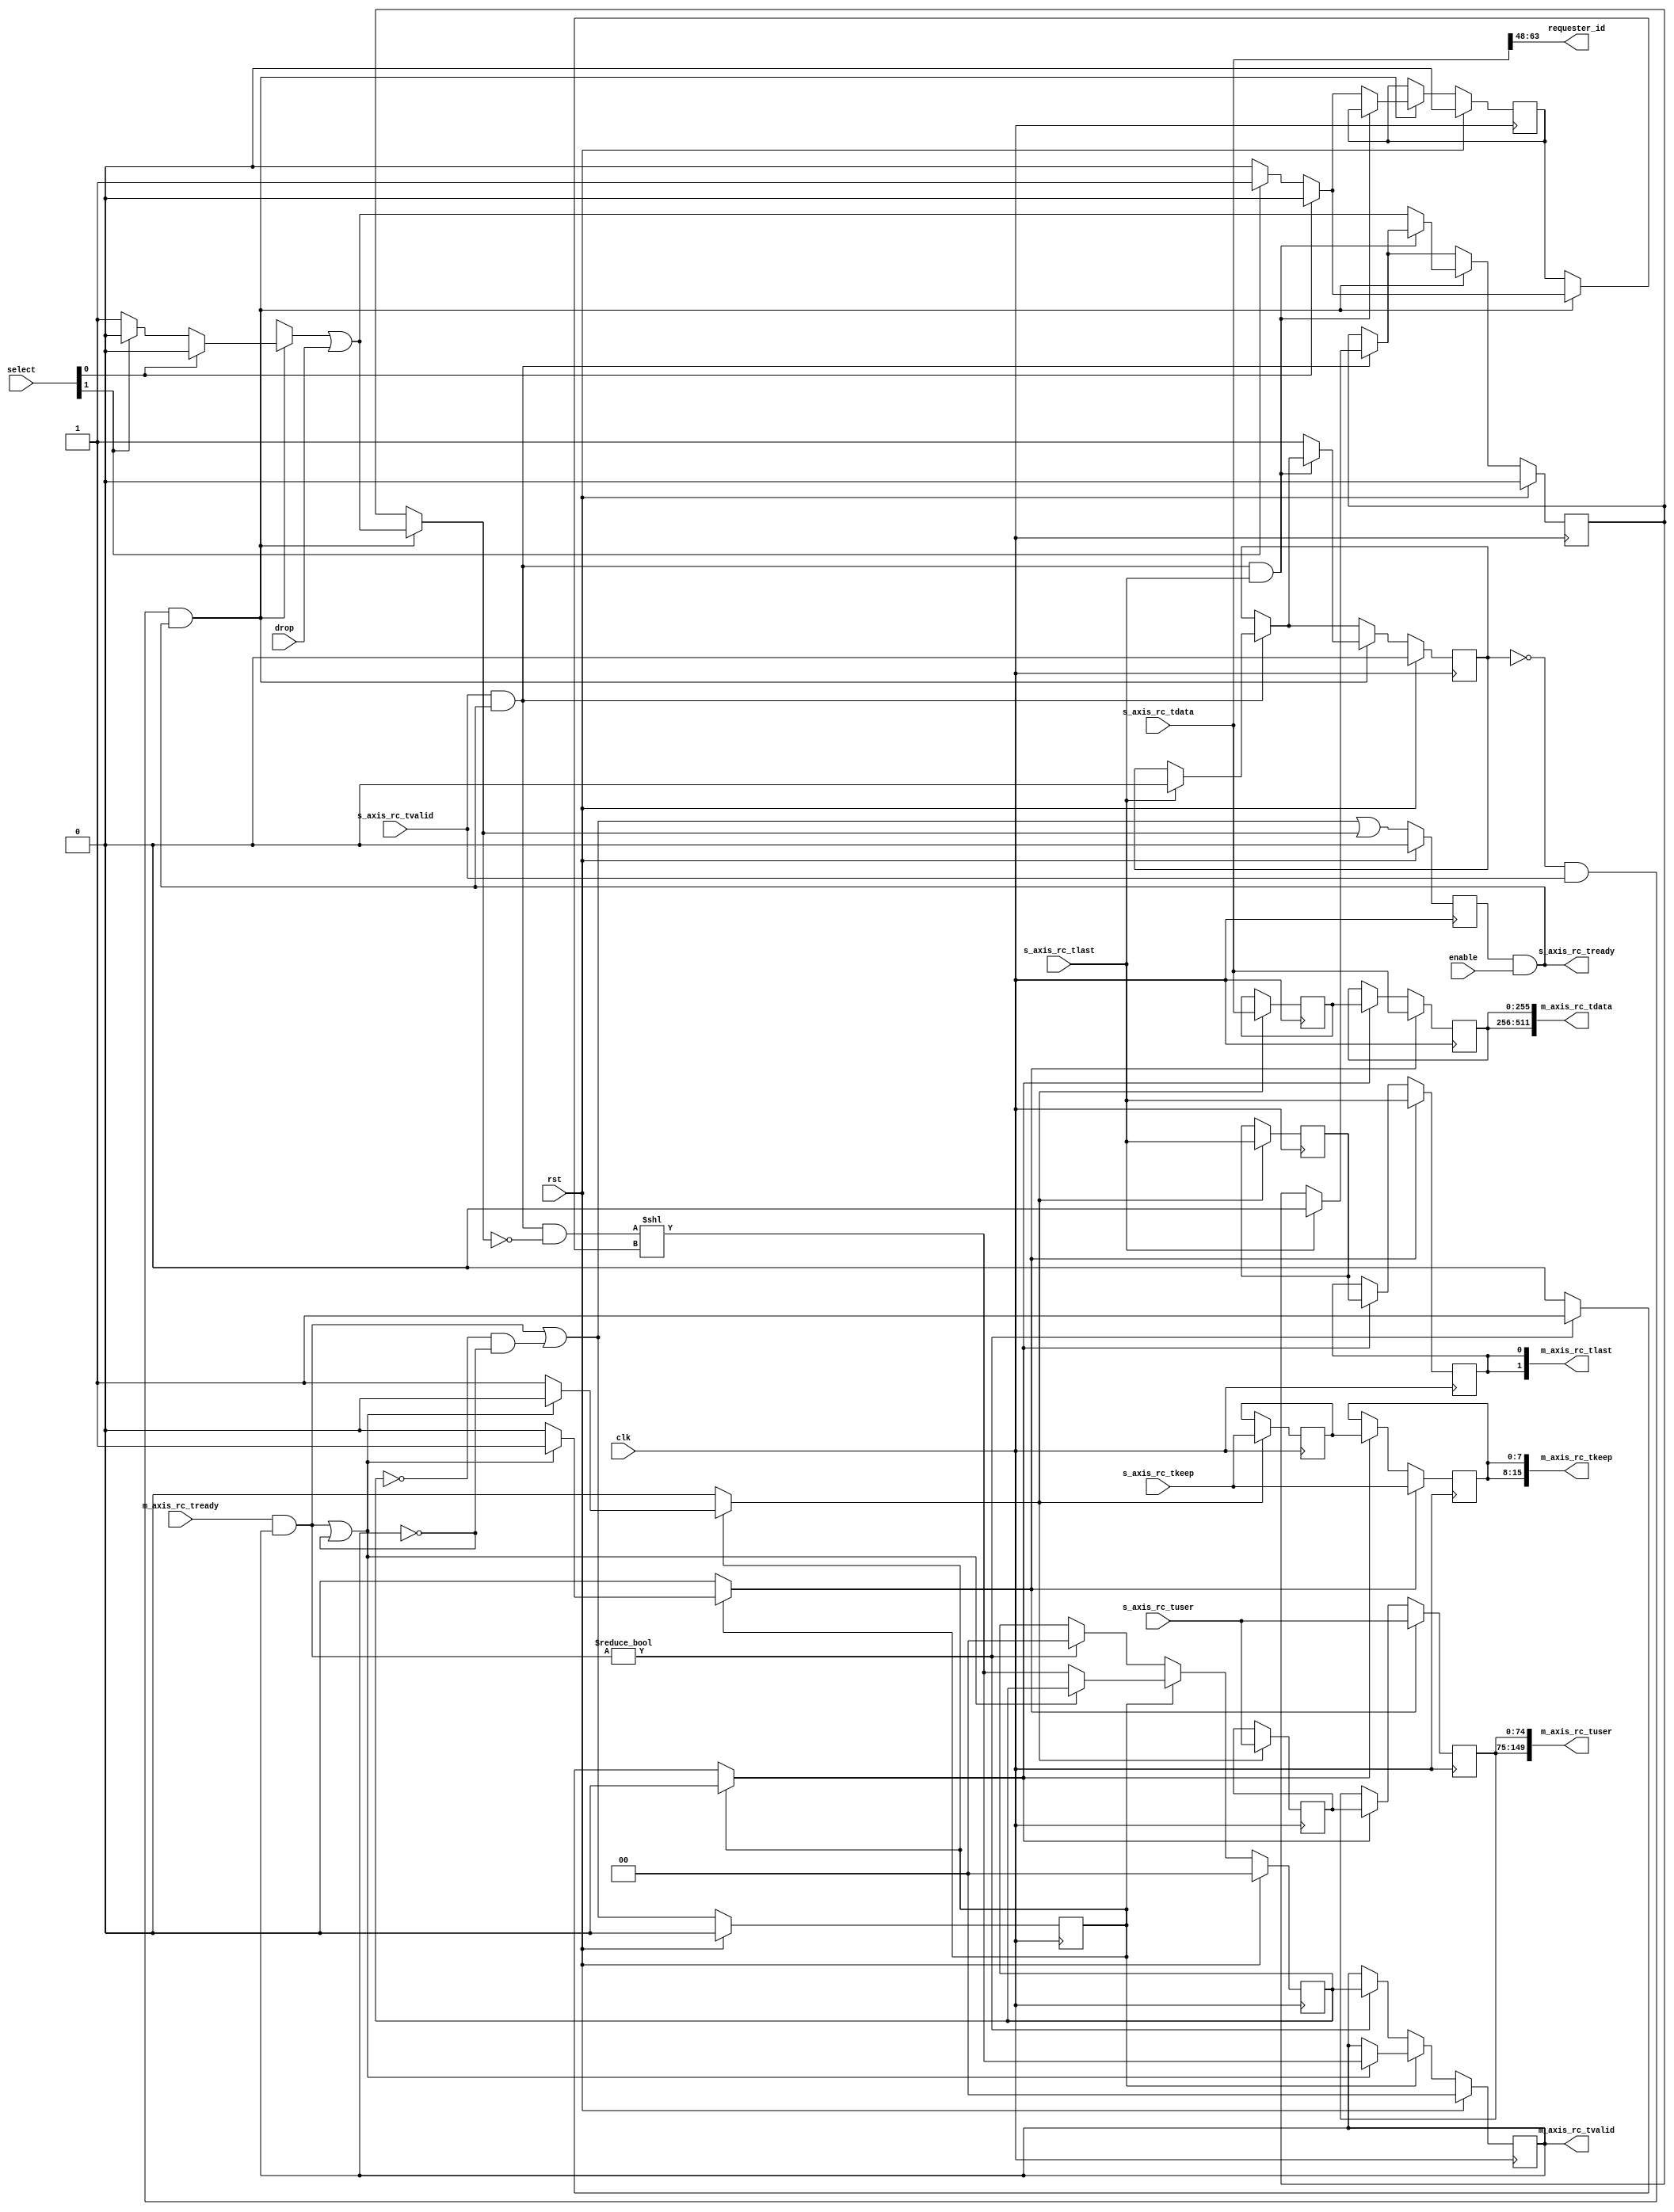
/*

Copyright (c) 2018 Alex Forencich

Permission is hereby granted, free of charge, to any person obtaining a copy
of this software and associated documentation files (the "Software"), to deal
in the Software without restriction, including without limitation the rights
to use, copy, modify, merge, publish, distribute, sublicense, and/or sell
copies of the Software, and to permit persons to whom the Software is
furnished to do so, subject to the following conditions:

The above copyright notice and this permission notice shall be included in
all copies or substantial portions of the Software.

THE SOFTWARE IS PROVIDED "AS IS", WITHOUT WARRANTY OF ANY KIND, EXPRESS OR
IMPLIED, INCLUDING BUT NOT LIMITED TO THE WARRANTIES OF MERCHANTABILITY
FITNESS FOR A PARTICULAR PURPOSE AND NONINFRINGEMENT. IN NO EVENT SHALL THE
AUTHORS OR COPYRIGHT HOLDERS BE LIABLE FOR ANY CLAIM, DAMAGES OR OTHER
LIABILITY, WHETHER IN AN ACTION OF CONTRACT, TORT OR OTHERWISE, ARISING FROM,
OUT OF OR IN CONNECTION WITH THE SOFTWARE OR THE USE OR OTHER DEALINGS IN
THE SOFTWARE.

*/

// Language: Verilog 2001

`resetall
`timescale 1ns / 1ps
`default_nettype none

/*
 * Ultrascale PCIe RC demultiplexer
 */
module pcie_us_axis_rc_demux #
(
    // Output count
    parameter M_COUNT = 2,
    // Width of PCIe AXI stream interfaces in bits
    parameter AXIS_PCIE_DATA_WIDTH = 256,
    // PCIe AXI stream tkeep signal width (words per cycle)
    parameter AXIS_PCIE_KEEP_WIDTH = (AXIS_PCIE_DATA_WIDTH/32),
    // PCIe AXI stream RC tuser signal width
    parameter AXIS_PCIE_RC_USER_WIDTH = AXIS_PCIE_DATA_WIDTH < 512 ? 75 : 161
)
(
    input  wire                                       clk,
    input  wire                                       rst,

    /*
     * AXI input (RC)
     */
    input  wire [AXIS_PCIE_DATA_WIDTH-1:0]            s_axis_rc_tdata,
    input  wire [AXIS_PCIE_KEEP_WIDTH-1:0]            s_axis_rc_tkeep,
    input  wire                                       s_axis_rc_tvalid,
    output wire                                       s_axis_rc_tready,
    input  wire                                       s_axis_rc_tlast,
    input  wire [AXIS_PCIE_RC_USER_WIDTH-1:0]         s_axis_rc_tuser,

    /*
     * AXI output (RC)
     */
    output wire [M_COUNT*AXIS_PCIE_DATA_WIDTH-1:0]    m_axis_rc_tdata,
    output wire [M_COUNT*AXIS_PCIE_KEEP_WIDTH-1:0]    m_axis_rc_tkeep,
    output wire [M_COUNT-1:0]                         m_axis_rc_tvalid,
    input  wire [M_COUNT-1:0]                         m_axis_rc_tready,
    output wire [M_COUNT-1:0]                         m_axis_rc_tlast,
    output wire [M_COUNT*AXIS_PCIE_RC_USER_WIDTH-1:0] m_axis_rc_tuser,

    /*
     * Fields
     */
    output wire [15:0]                                requester_id,

    /*
     * Control
     */
    input  wire                                       enable,
    input  wire                                       drop,
    input  wire [M_COUNT-1:0]                         select
);

parameter CL_M_COUNT = $clog2(M_COUNT);

// bus width assertions
initial begin
    if (AXIS_PCIE_DATA_WIDTH != 64 && AXIS_PCIE_DATA_WIDTH != 128 && AXIS_PCIE_DATA_WIDTH != 256 && AXIS_PCIE_DATA_WIDTH != 512) begin
        $error("Error: PCIe interface width must be 64, 128, 256, or 512 (instance %m)");
        $finish;
    end

    if (AXIS_PCIE_KEEP_WIDTH * 32 != AXIS_PCIE_DATA_WIDTH) begin
        $error("Error: PCIe interface requires dword (32-bit) granularity (instance %m)");
        $finish;
    end
end

reg [CL_M_COUNT-1:0] select_reg = {CL_M_COUNT{1'b0}}, select_ctl, select_next;
reg drop_reg = 1'b0, drop_ctl, drop_next;
reg frame_reg = 1'b0, frame_ctl, frame_next;

reg s_axis_rc_tready_reg = 1'b0, s_axis_rc_tready_next;

// internal datapath
reg  [AXIS_PCIE_DATA_WIDTH-1:0]    m_axis_rc_tdata_int;
reg  [AXIS_PCIE_KEEP_WIDTH-1:0]    m_axis_rc_tkeep_int;
reg  [M_COUNT-1:0]                 m_axis_rc_tvalid_int;
reg                                m_axis_rc_tready_int_reg = 1'b0;
reg                                m_axis_rc_tlast_int;
reg  [AXIS_PCIE_RC_USER_WIDTH-1:0] m_axis_rc_tuser_int;
wire                               m_axis_rc_tready_int_early;

assign s_axis_rc_tready = s_axis_rc_tready_reg && enable;

assign requester_id = s_axis_rc_tdata[63:48];

integer i;

always @* begin
    select_next = select_reg;
    select_ctl = select_reg;
    drop_next = drop_reg;
    drop_ctl = drop_reg;
    frame_next = frame_reg;
    frame_ctl = frame_reg;

    s_axis_rc_tready_next = 1'b0;

    if (s_axis_rc_tvalid && s_axis_rc_tready) begin
        // end of frame detection
        if (s_axis_rc_tlast) begin
            frame_next = 1'b0;
            drop_next = 1'b0;
        end
    end

    if (!frame_reg && s_axis_rc_tvalid && s_axis_rc_tready) begin
        // start of frame, grab select value
        select_ctl = 0;
        drop_ctl = 1'b1;
        frame_ctl = 1'b1;
        for (i = M_COUNT-1; i >= 0; i = i - 1) begin
            if (select[i]) begin
                select_ctl = i;
                drop_ctl = 1'b0;
            end
        end
        drop_ctl = drop_ctl || drop;
        if (!(s_axis_rc_tready && s_axis_rc_tvalid && s_axis_rc_tlast)) begin
            select_next = select_ctl;
            drop_next = drop_ctl;
            frame_next = 1'b1;
        end
    end

    s_axis_rc_tready_next = m_axis_rc_tready_int_early || drop_ctl;

    m_axis_rc_tdata_int  = s_axis_rc_tdata;
    m_axis_rc_tkeep_int  = s_axis_rc_tkeep;
    m_axis_rc_tvalid_int = (s_axis_rc_tvalid && s_axis_rc_tready && !drop_ctl) << select_ctl;
    m_axis_rc_tlast_int  = s_axis_rc_tlast;
    m_axis_rc_tuser_int  = s_axis_rc_tuser; 
end

always @(posedge clk) begin
    if (rst) begin
        select_reg <= 2'd0;
        drop_reg <= 1'b0;
        frame_reg <= 1'b0;
        s_axis_rc_tready_reg <= 1'b0;
    end else begin
        select_reg <= select_next;
        drop_reg <= drop_next;
        frame_reg <= frame_next;
        s_axis_rc_tready_reg <= s_axis_rc_tready_next;
    end
end

// output datapath logic
reg [AXIS_PCIE_DATA_WIDTH-1:0]    m_axis_rc_tdata_reg  = {AXIS_PCIE_DATA_WIDTH{1'b0}};
reg [AXIS_PCIE_KEEP_WIDTH-1:0]    m_axis_rc_tkeep_reg  = {AXIS_PCIE_KEEP_WIDTH{1'b0}};
reg [M_COUNT-1:0]                 m_axis_rc_tvalid_reg = {M_COUNT{1'b0}}, m_axis_rc_tvalid_next;
reg                               m_axis_rc_tlast_reg  = 1'b0;
reg [AXIS_PCIE_RC_USER_WIDTH-1:0] m_axis_rc_tuser_reg  = {AXIS_PCIE_RC_USER_WIDTH{1'b0}};

reg [AXIS_PCIE_DATA_WIDTH-1:0]    temp_m_axis_rc_tdata_reg  = {AXIS_PCIE_DATA_WIDTH{1'b0}};
reg [AXIS_PCIE_KEEP_WIDTH-1:0]    temp_m_axis_rc_tkeep_reg  = {AXIS_PCIE_KEEP_WIDTH{1'b0}};
reg [M_COUNT-1:0]                 temp_m_axis_rc_tvalid_reg = {M_COUNT{1'b0}}, temp_m_axis_rc_tvalid_next;
reg                               temp_m_axis_rc_tlast_reg  = 1'b0;
reg [AXIS_PCIE_RC_USER_WIDTH-1:0] temp_m_axis_rc_tuser_reg  = {AXIS_PCIE_RC_USER_WIDTH{1'b0}};

// datapath control
reg store_axis_int_to_output;
reg store_axis_int_to_temp;
reg store_axis_rc_temp_to_output;

assign m_axis_rc_tdata  = {M_COUNT{m_axis_rc_tdata_reg}};
assign m_axis_rc_tkeep  = {M_COUNT{m_axis_rc_tkeep_reg}};
assign m_axis_rc_tvalid = m_axis_rc_tvalid_reg;
assign m_axis_rc_tlast  = {M_COUNT{m_axis_rc_tlast_reg}};
assign m_axis_rc_tuser  = {M_COUNT{m_axis_rc_tuser_reg}};

// enable ready input next cycle if output is ready or if both output registers are empty
assign m_axis_rc_tready_int_early = (m_axis_rc_tready & m_axis_rc_tvalid) || (!temp_m_axis_rc_tvalid_reg && !m_axis_rc_tvalid_reg);

always @* begin
    // transfer sink ready state to source
    m_axis_rc_tvalid_next = m_axis_rc_tvalid_reg;
    temp_m_axis_rc_tvalid_next = temp_m_axis_rc_tvalid_reg;

    store_axis_int_to_output = 1'b0;
    store_axis_int_to_temp = 1'b0;
    store_axis_rc_temp_to_output = 1'b0;

    if (m_axis_rc_tready_int_reg) begin
        // input is ready
        if ((m_axis_rc_tready & m_axis_rc_tvalid) || !m_axis_rc_tvalid) begin
            // output is ready or currently not valid, transfer data to output
            m_axis_rc_tvalid_next = m_axis_rc_tvalid_int;
            store_axis_int_to_output = 1'b1;
        end else begin
            // output is not ready, store input in temp
            temp_m_axis_rc_tvalid_next = m_axis_rc_tvalid_int;
            store_axis_int_to_temp = 1'b1;
        end
    end else if (m_axis_rc_tready & m_axis_rc_tvalid) begin
        // input is not ready, but output is ready
        m_axis_rc_tvalid_next = temp_m_axis_rc_tvalid_reg;
        temp_m_axis_rc_tvalid_next = 1'b0;
        store_axis_rc_temp_to_output = 1'b1;
    end
end

always @(posedge clk) begin
    m_axis_rc_tvalid_reg <= m_axis_rc_tvalid_next;
    m_axis_rc_tready_int_reg <= m_axis_rc_tready_int_early;
    temp_m_axis_rc_tvalid_reg <= temp_m_axis_rc_tvalid_next;

    // datapath
    if (store_axis_int_to_output) begin
        m_axis_rc_tdata_reg <= m_axis_rc_tdata_int;
        m_axis_rc_tkeep_reg <= m_axis_rc_tkeep_int;
        m_axis_rc_tlast_reg <= m_axis_rc_tlast_int;
        m_axis_rc_tuser_reg <= m_axis_rc_tuser_int;
    end else if (store_axis_rc_temp_to_output) begin
        m_axis_rc_tdata_reg <= temp_m_axis_rc_tdata_reg;
        m_axis_rc_tkeep_reg <= temp_m_axis_rc_tkeep_reg;
        m_axis_rc_tlast_reg <= temp_m_axis_rc_tlast_reg;
        m_axis_rc_tuser_reg <= temp_m_axis_rc_tuser_reg;
    end

    if (store_axis_int_to_temp) begin
        temp_m_axis_rc_tdata_reg <= m_axis_rc_tdata_int;
        temp_m_axis_rc_tkeep_reg <= m_axis_rc_tkeep_int;
        temp_m_axis_rc_tlast_reg <= m_axis_rc_tlast_int;
        temp_m_axis_rc_tuser_reg <= m_axis_rc_tuser_int;
    end

    if (rst) begin
        m_axis_rc_tvalid_reg <= {M_COUNT{1'b0}};
        m_axis_rc_tready_int_reg <= 1'b0;
        temp_m_axis_rc_tvalid_reg <= 1'b0;
    end
end

endmodule

`resetall